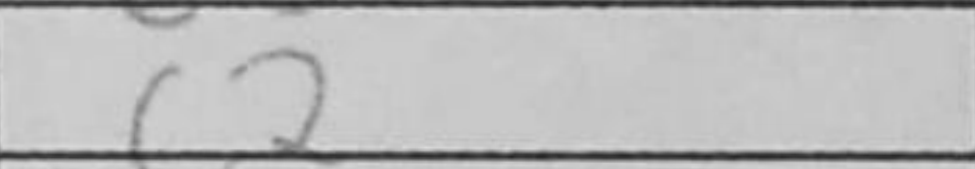
Transcription: c2